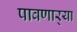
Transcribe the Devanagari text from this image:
पावणार्‍या